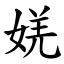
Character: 㛨